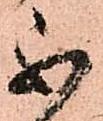
不